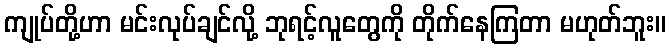
ကျုပ်တို့ဟာ မင်းလုပ်ချင်လို့ ဘုရင့်လူတွေကို တိုက်နေကြတာ မဟုတ်ဘူး။